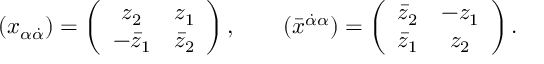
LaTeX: ( x _ { \alpha \dot { \alpha } } ) = \left( \begin{array} { c c } { { z _ { 2 } } } & { { z _ { 1 } } } \\ { { - \bar { z } _ { 1 } } } & { { \bar { z } _ { 2 } } } \end{array} \right) , \qquad ( \bar { x } ^ { \dot { \alpha } \alpha } ) = \left( \begin{array} { c c } { { \bar { z } _ { 2 } } } & { { - z _ { 1 } } } \\ { { \bar { z } _ { 1 } } } & { { z _ { 2 } } } \end{array} \right) .